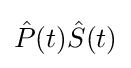
{\hat {P}}(t){\hat {S}}(t)